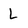
Character: L